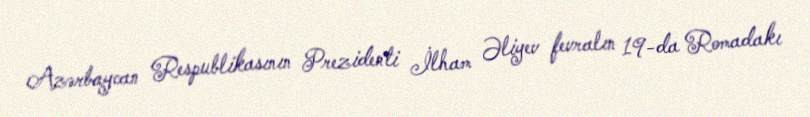
Azərbaycan Respublikasının Prezidenti İlham Əliyev fevralın 19-da Romadakı